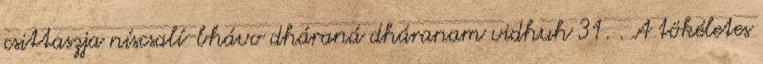
csittaszja níscsalí-bhávo dháraná dháranam vidhuh 31. . A tökéletes